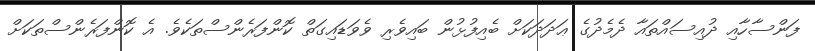
ފަންސާހާއި ދުއިސައްތައާ ދެމެދުގެ ޢަދަދަކަށް ބެއިފުޅުން ބައިވެރި ވެވަޑައިގަތް ކޮންފަރެންސްތަކެވެ. އެ ކޮންފަރެންސްތަކަށް